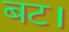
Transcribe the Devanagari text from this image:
बट।